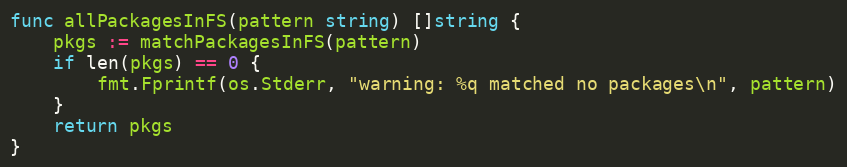
Language: Go
func allPackagesInFS(pattern string) []string {
	pkgs := matchPackagesInFS(pattern)
	if len(pkgs) == 0 {
		fmt.Fprintf(os.Stderr, "warning: %q matched no packages\n", pattern)
	}
	return pkgs
}